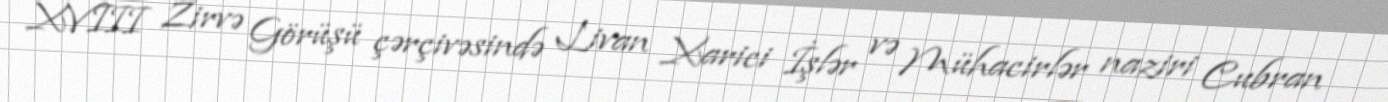
XVIII Zirvə Görüşü çərçivəsində Livan Xarici İşlər və Mühacirlər naziri Cubran